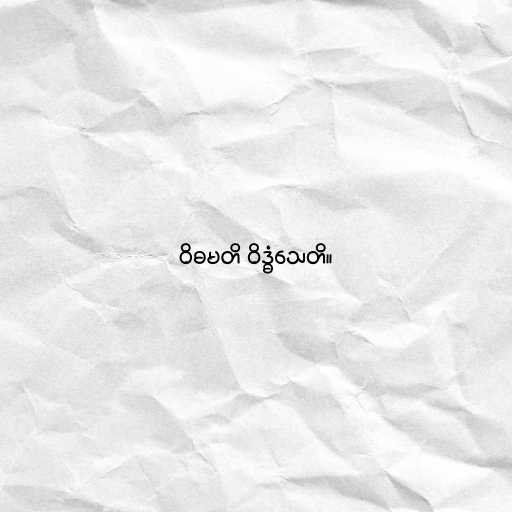
ဝိဓမတိ ဝိဒ္ဓံသေတိ။